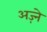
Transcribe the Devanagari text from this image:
अज़्ने